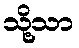
သို့သာ